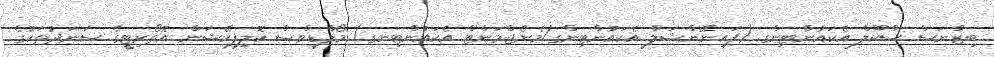
ބިޒްނަސް ސްކޫލް އެކައުންޓިންގ (ފައިނޭންޝަލް އެކައުންޓިންގ/މެނެޖްމަންޓް އެކައުންޓިނގ) މޯލްޑިވްސް ކޮލިފިކޭޝަން އޮތޯރިޓީގެ ސަނަދުތަކުގެ